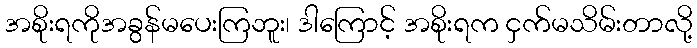
အစိုးရကိုအခွန်မပေးကြဘူး၊ ဒါကြောင့် အစိုးရက ငှက်မသိမ်းတာလို့